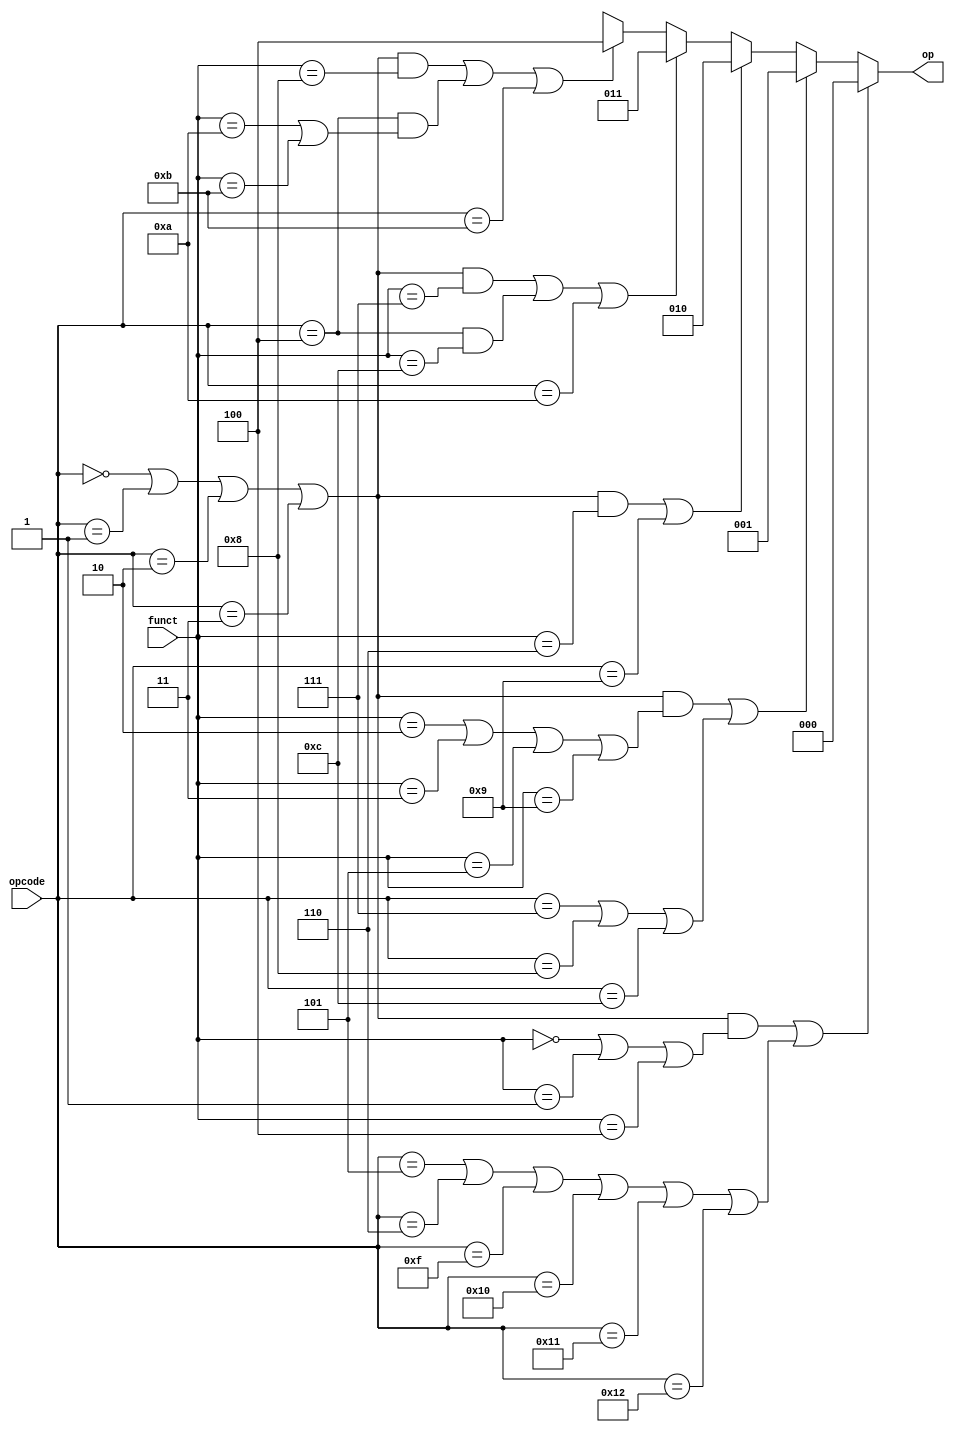
module alucontrol_8085_single(opcode,funct,op);
input [4:0] opcode,funct;
output reg [2:0] op;

always @(*)
begin
if((((opcode==5'b0)||(opcode==5'b1)||(opcode==5'b00010)||(opcode==5'b00011))&&((funct==5'b0)||(funct==5'b1)||(funct==5'b00100)))||((opcode==5'b00101)||(opcode==5'b00110)||(opcode==5'b01111)||(opcode==5'b10000)||(opcode==5'b10001)||(opcode==5'b10010)))//ADD
op=3'b000;
else if((((opcode==5'b0)||(opcode==5'b1)||(opcode==5'b00010)||(opcode==5'b00011))&&((funct==5'b00010)||(funct==5'b00011)||(funct==5'b00101)||(funct==5'b01001)))||((opcode==5'b00111)||(opcode==5'b01000)||(opcode==5'b01100)))//sub
op=3'b001;
else if((((opcode==5'b0)||(opcode==5'b1)||(opcode==5'b00010)||(opcode==5'b00011))&&((funct==5'b00110)))||(opcode==5'b01001))//and
op=3'b010;
else if((((opcode==5'b0)||(opcode==5'b1)||(opcode==5'b00010)||(opcode==5'b00011))&&((funct==5'b00111)))||((opcode==5'b00100)&&(funct==5'b01100))||(opcode==5'b01010))//or
op=3'b011;
else if((((opcode==5'b0)||(opcode==5'b1)||(opcode==5'b00010)||(opcode==5'b00011))&&((funct==5'b01000)))||((opcode==5'b00100)&&((funct==5'b01010)||(funct==5'b01011)))||(opcode==5'b01011))//or
op=3'b100;
else
op=3'bxxx;
end

endmodule